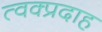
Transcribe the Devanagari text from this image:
त्वक्प्रदाह